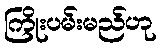
ကြိုးပမ်းမည်ဟု